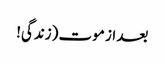
بعد از موت (زندگی!